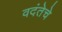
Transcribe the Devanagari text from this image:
वदंतेचे